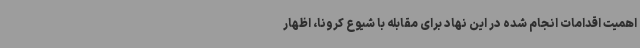
اهمیت اقدامات انجام شده در این نهاد برای مقابله با شیوع کرونا،‌ اظهار